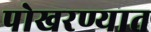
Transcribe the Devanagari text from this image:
पोखरण्यात